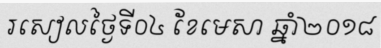
រសៀលថ្ងៃទី០៤ ខែមេសា ឆ្នាំ២០១៨